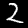
Label: 2